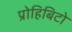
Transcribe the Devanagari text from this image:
प्रोहिबिटो